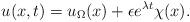
LaTeX: \begin{align*}u(x,t) = u_{\Omega}(x) + \epsilon e^{\lambda t} \chi(x).\end{align*}